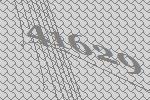
41629